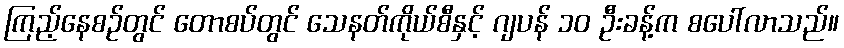
ကြည့်နေစဉ်တွင် တောစပ်တွင် သေနတ်ကိုယ်စီနှင့် ဂျပန် ၁၀ ဦးခန့်က စပေါ်လာသည်။